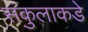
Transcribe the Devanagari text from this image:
संकुलाकडे